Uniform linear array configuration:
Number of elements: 64
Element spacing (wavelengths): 1
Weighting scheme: kaiser
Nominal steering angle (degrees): -15
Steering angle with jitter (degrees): -15.35
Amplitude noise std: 0.05
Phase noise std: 0.05

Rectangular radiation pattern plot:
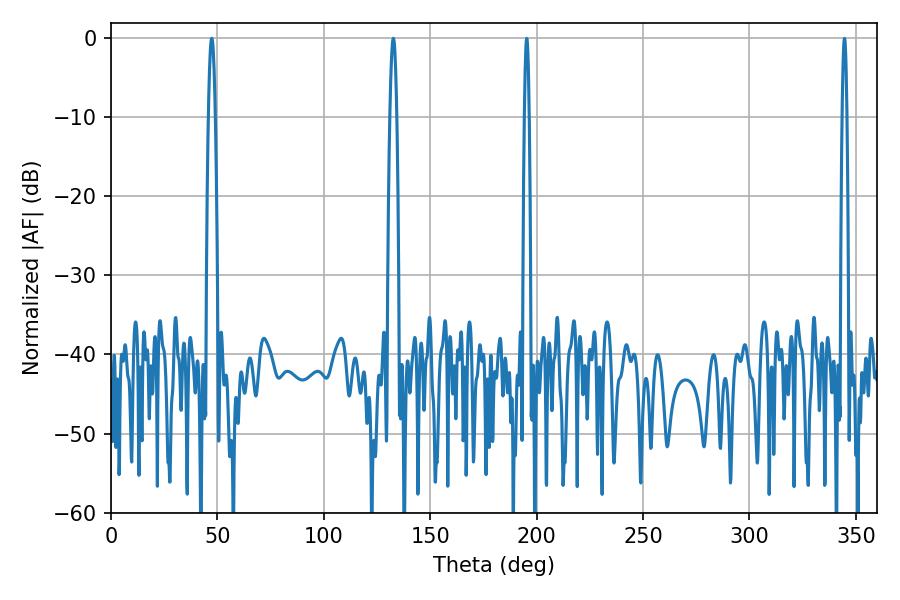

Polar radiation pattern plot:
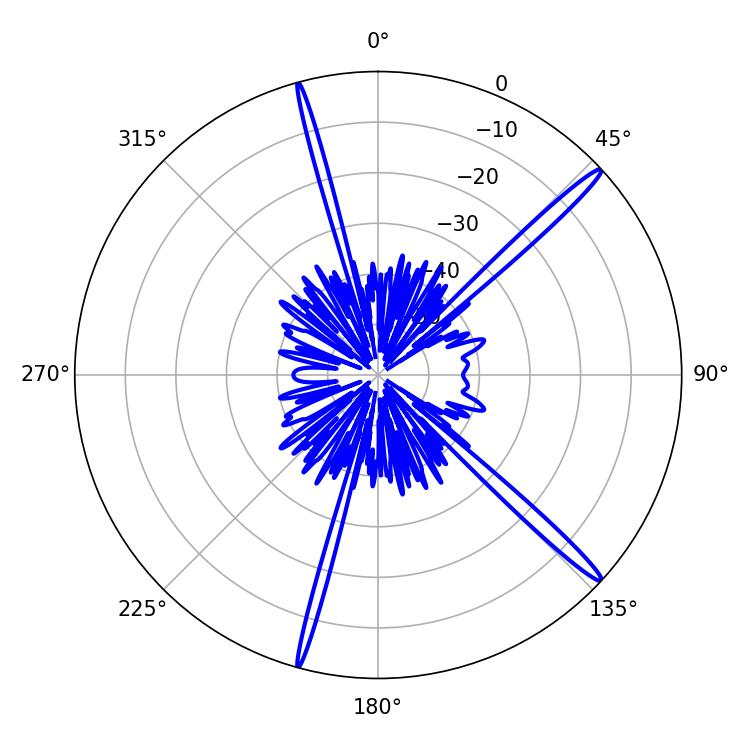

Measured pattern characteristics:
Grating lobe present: TRUE
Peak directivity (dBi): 17.239
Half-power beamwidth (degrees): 1.8
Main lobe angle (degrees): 47.34